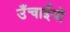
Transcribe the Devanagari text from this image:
उँचाईयो